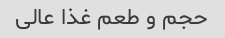
حجم و طعم غذا عالی